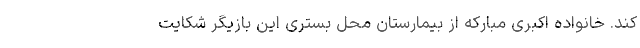
کند. خانواده اکبری مبارکه از بیمارستان محل بستری این بازیگر شکایت